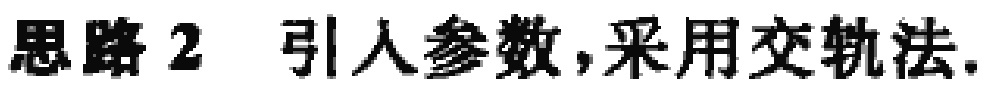
思路 2 引人参数，采用交轨法.